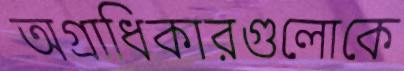
অগ্রাধিকারগুলোকে